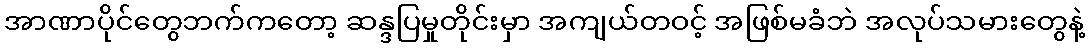
အာဏာပိုင်တွေဘက်ကတော့ ဆန္ဒပြမှုတိုင်းမှာ အကျယ်တဝင့် အဖြစ်မခံဘဲ အလုပ်သမားတွေနဲ့